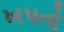
ખપતો